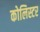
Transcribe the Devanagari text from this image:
कोलिस्टर